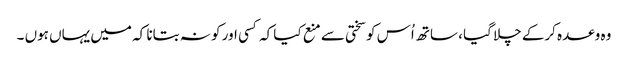
وہ وعدہ کرکے چلا گیا ، ساتھ اُس کو سختی سے منع کیا کہ کسی اور کو نہ بتانا کہ میں یہاں ہوں ۔